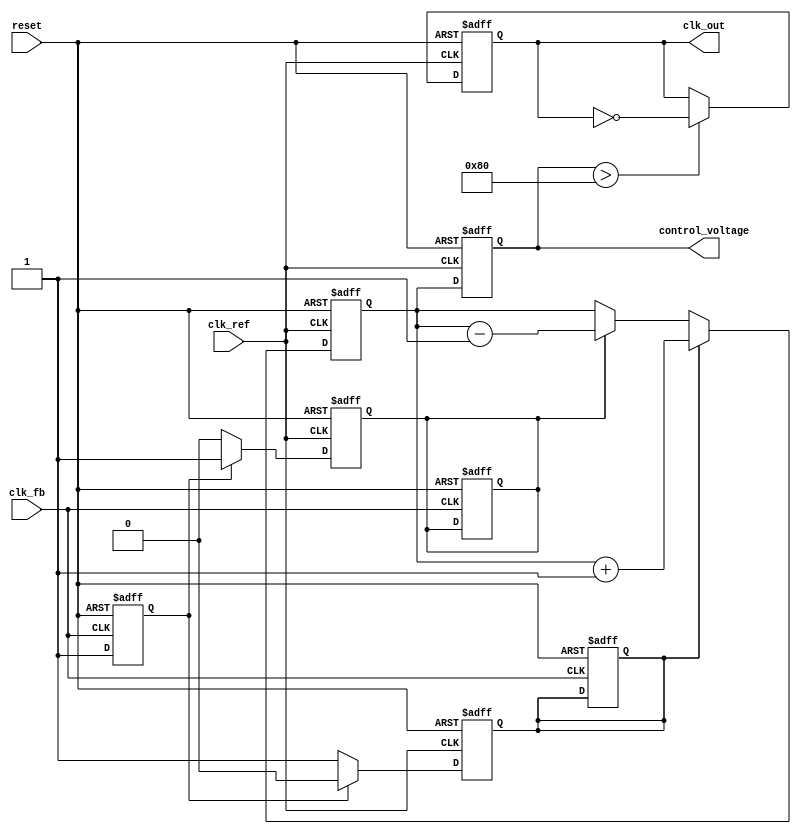
module cp_pll (
    input wire clk_ref,          // Reference clock input
    input wire clk_fb,           // Feedback clock input
    input wire reset,            // Asynchronous reset
    output reg clk_out,          // Output clock
    output reg [7:0] control_voltage // Control voltage for VCO
);

// Parameters for the PFD
reg pfd_up, pfd_down;
reg clk_ref_d, clk_fb_d;

// Phase Frequency Detector (PFD)
always @(posedge clk_ref or posedge reset) begin
    if (reset) begin
        pfd_up <= 0;
        pfd_down <= 0;
        clk_ref_d <= 0;
    end else begin
        clk_ref_d <= 1;
        if (clk_fb_d) begin
            pfd_up <= 0;
            pfd_down <= 1; // Feedback clock is lagging
        end else begin
            pfd_up <= 1; // Reference clock is leading
            pfd_down <= 0;
        end
    end
end

always @(posedge clk_fb or posedge reset) begin
    if (reset) begin
        pfd_up <= 0;
        pfd_down <= 0;
        clk_fb_d <= 0;
    end else begin
        clk_fb_d <= 1;
    end
end

// Charge Pump
reg [7:0] charge_pump_output;
always @(posedge clk_ref or posedge reset) begin
    if (reset) begin
        charge_pump_output <= 8'b0;
    end else begin
        if (pfd_up) begin
            charge_pump_output <= charge_pump_output + 1; // Increase voltage
        end else if (pfd_down) begin
            charge_pump_output <= charge_pump_output - 1; // Decrease voltage
        end
    end
end

// Loop Filter (Simple RC Filter)
always @(posedge clk_ref or posedge reset) begin
    if (reset) begin
        control_voltage <= 8'b0;
    end else begin
        control_voltage <= charge_pump_output; // Simplified filter
    end
end

// Voltage-Controlled Oscillator (VCO)
always @(posedge clk_ref or posedge reset) begin
    if (reset) begin
        clk_out <= 0;
    end else begin
        // Simple VCO behavior: toggle based on control voltage
        if (control_voltage > 128) begin
            clk_out <= ~clk_out; // Toggle output clock
        end
    end
end

// Feedback Divider (Simple Divider by 2)
reg clk_fb_div;
always @(posedge clk_out or posedge reset) begin
    if (reset) begin
        clk_fb_div <= 0;
    end else begin
        clk_fb_div <= ~clk_fb_div; // Divide by 2
    end
end

endmodule